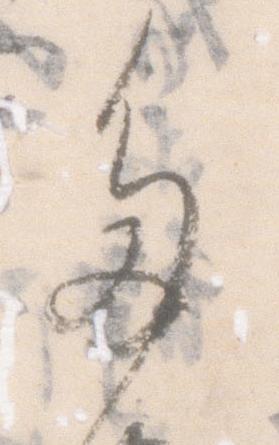
多